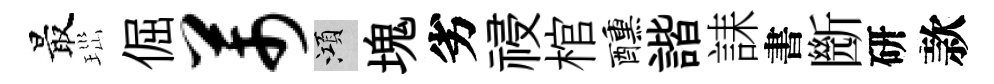
最𤤼倔芾澒塊劣祲棺醺諧誄書㫁研款